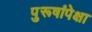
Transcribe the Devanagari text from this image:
पुरूषांपेक्षा